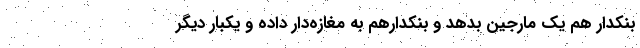
بنكدار هم يك مارجين بدهد و بنكدارهم به مغازه‌دار داده و يكبار ديگر